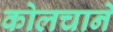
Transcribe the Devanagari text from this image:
कोलचाने